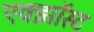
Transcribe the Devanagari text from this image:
एक्झॉस्ट